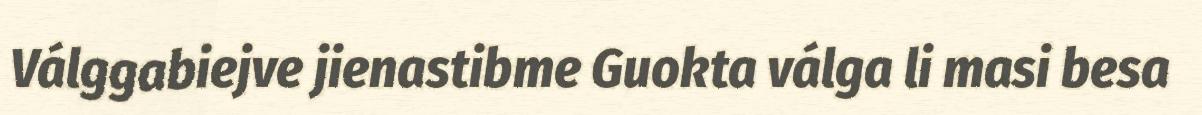
Válggabiejve jienastibme Guokta válga li masi besa